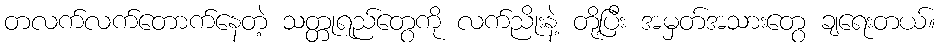
တလက်လက်တောက်နေတဲ့ သတ္တုရည်တွေကို လက်ညိုးနဲ့ တို့ပြီး အမှတ်အသားတွေ ချရေးတယ်။